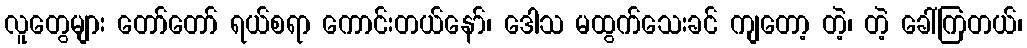
လူတွေများ တော်တော် ရယ်စရာ ကောင်းတယ်နော်၊ ဒေါသ မထွက်သေးခင် ကျတော့ တဲ့၊ တဲ့ ခေါ်ကြတယ်၊